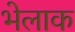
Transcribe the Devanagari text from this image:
भेलाक